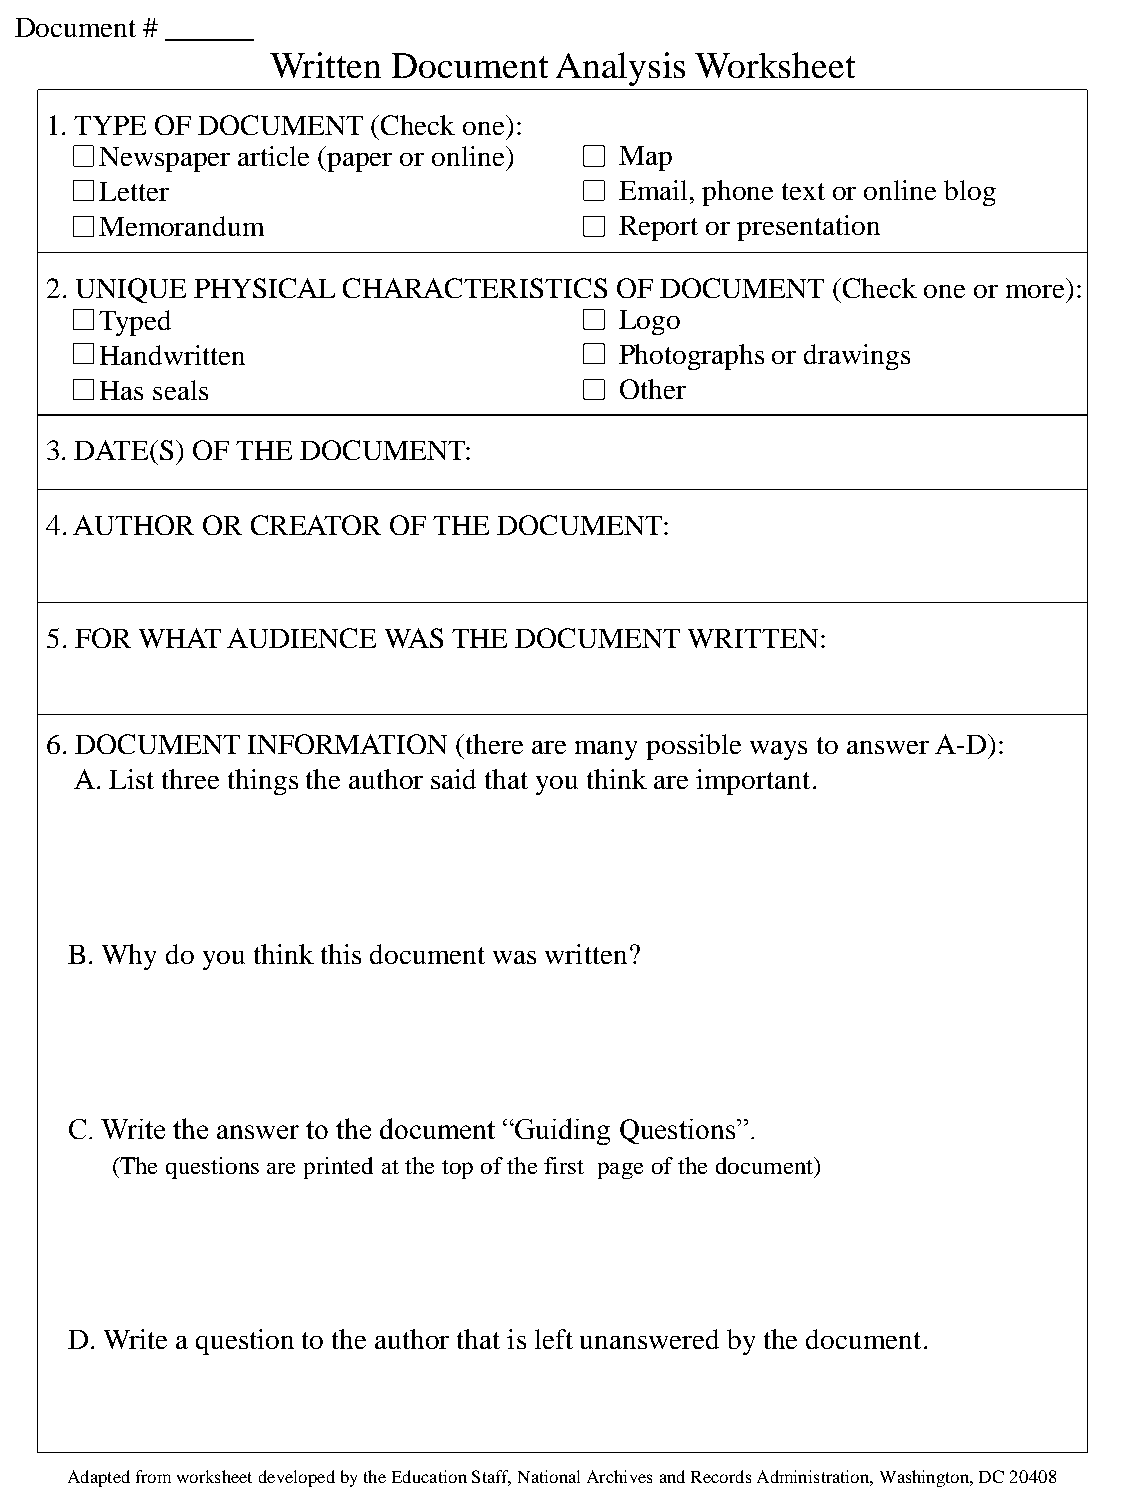
Document # ______
 Written Document   Analysis Worksheet
 1. TYPE OF DOCUMENT   (Check one):
 Newspaper article (paper or online) Map
 Letter                            Email, phone text or online blog
 Memorandum                        Report or presentation
 2. UNIQUE PHYSICAL  CHARACTERISTICS   OF DOCUMENT   (Check one or more):
 Typed                             Logo
 Handwritten                       Photographs or drawings
 Has seals                         Other
 3. DATE(S) OF THE DOCUMENT:
 4. AUTHOR OR  CREATOR  OF THE DOCUMENT:
 5. FOR WHAT AUDIENCE  WAS  THE DOCUMENT    WRITTEN:
 6. DOCUMENT  INFORMATION   (there are many possible ways to answer A-D):
 A. List three things the author said that you think are important.
 B. Why do you think this document was written?
 C. Write the answer to the document “Guiding Questions”.
 (The questions are printed at the top of the first page of the document)
 D. Write a question to the author that is left unanswered by the document.
 Adapted from worksheet developed by the Education Staff, National Archives and Records Administration, Washington, DC 20408